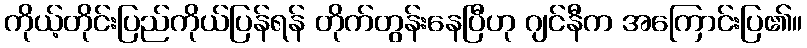
ကိုယ့်တိုင်းပြည်ကိုယ်ပြန်ရန် တိုက်တွန်းနေပြီဟု ဂျင်နီက အကြောင်းပြ၏။